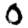
Digit: 0